Annual report on the health of the army in India
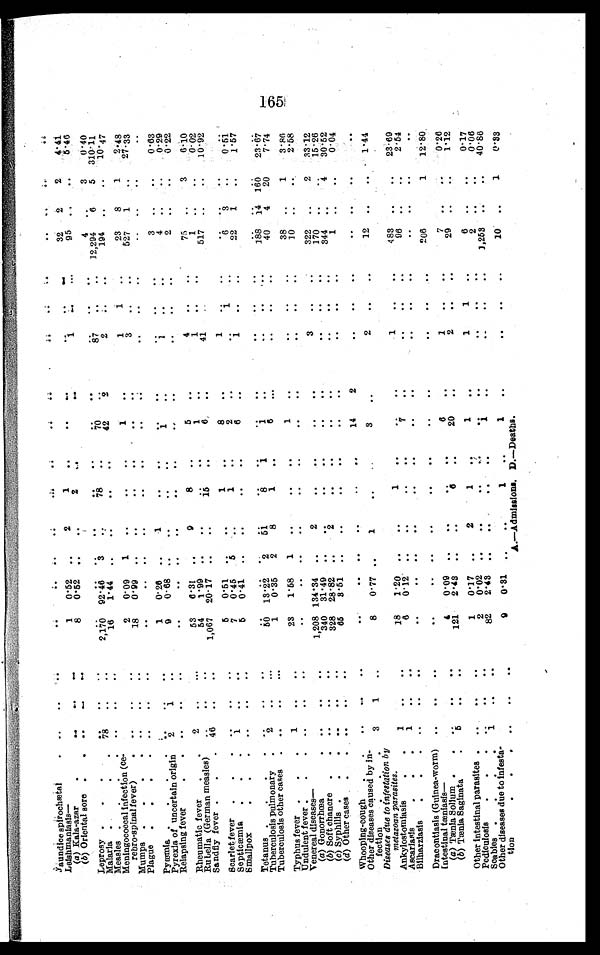
Jaundice spirochætal . . .
. . .
. . .
. . .
. . .
. . . .
. . .
. . .
. . .
. . .
. . .
. . .
. . .
. . .
. . .
. . .
. . .
. . .
. . .
. . .
32
2 .
2
4.41
. . .
Leishmaniasis—
. . .
2
1
. . .
. . .
. . .
. . .
1
0.52
(a) Kala-azar . . .
. . .
. . .
. . .
. . .
95
. . .
. . .
5.46
1
...
. . .
8
0 .52
2
(b) Oriental sore . . .
. . .
. . .
. . .
. . .
. . .
. . .
. . .
. . .
4
. . .
3
0.40
. . .
. . .
Leprosy . . .
. . .
. . .
. . .
. . .
. . .
. . .
. . .
. . .
. . . . . .
. . .
. . .
. . .
310.11
12,294
5
87
6
. . .
7 0
2,170
92.46
3
78
. . .
. . .
. . .
78
Malaria . . .
. . .
. . .
2
2
194
42
. . .
. . .
10.47
1. 44
. . .
. . .
16
Measles . . .
. . .
. . .
. . .
. . .
. . .
. . .
. . .
23
1
2.48
. . .
Meningococcal infection (ce -
rebro-spinal fever) . . .
. . .
. . .
2
0.09
1
. . .
. . .
. . .
1
. . .
1
. . .
8
1
527
1
. . .
27.33
3
. . .
. . .
. . .
. . .
. . .
. . .
. . .
. . .
0.99
18
Mumps . . .
. . .
. . .
. . .
. . .
. . .
. . .
. . .
. . .
. . .
. . .
. . .
. . .
. . .
. . .
. . .
. . .
. . .
. . .
Plague . . .
. . .
. . .
. . .
. . .
1
. . .
. . .
. . .
. . .
. . .
. . .
. . .
1
0.26
3
. . .
. . .
0.63
Pyæmia . . .
. . .
. . .
. . .
1
. . .
. . .
4
. . .
. . .
0.29
1
9
0.68
Pyrexia of uncertain origin
2
1
. . . . .
. . .
. . .
. . .
. . .
. . .
2
. . .
. . .
. . .
. . .
. . .
. . .
0.22
Relapsing fever . . .
. . .
. . .
. . .
. . .
. . .
. . .
. . .
. . .
. . .
. . .
Rheumatic fever . . .
2
. . .
. . .
53
6.31
. . .
9
8
. . .
5
. . .
4
. . .
. . .
75
. . .
3
6.10
1
1
0.02
1
54
1.99
. . .
. . .
. . .
. . .
Rubella (German measles)
. . .
. . .
. . .
. . .
. . .
. . .
. . .
. . .
517
1,067
20.17
6
41
10.92
1 5
. . .
. . .
Sandfly fever . . . 46
. . .
. . .
. . .
. . .
. . .
. . .
1
Scarlet fever . . .
. . .
. . .
. . .
5
0.51
. . .
. . .
1
. . .
8
. . .
. . .
. . .
. . .
. . .
. . .
. . .
1
3
2
6
. . .
0.51
7
0.45
5
1
. . .
. . .
1 . .
Septicæmia . . .
1
. . .
. . .
. . . .
. . .
22
6
1
1.57
5
0.41
. •
..
. . .
. . .
Smallpox . . .
. . .
. . .
. . .
. . .
. . .
. . .
. . .
. . .
. . .
. . .
. . .
. . .
. . .
. . .
. . .
. . .
. . .
. . .
. . .
. . .
Tetanus . . .
. . .
. . .
. . .
1 8 8
160
14
23.67
2
5 1
8
1
1
. . .
. . .
. . .
. . .
5 0
.1 3 . 2 2
2
Tuberculosis pulmonary . . .
. . .
. . .
2
1
40
4
20
7.74
8
..
6
1
0.35
Tuberculosis other cases . . .
. . .
. . .
. . .
. . .
. . .
. . .
. . .
3.85
38
. . .
1
Typhus fever . . .
1
. . .
. . .
23
1.58
1
. . .
. . .
. . .
1
. . .
. . .
. . .
. . .
10
. . .
. . .
2.58
Undulent fever . . .
. . .
. . .
. . .
. . .
. . .
. . .
. . .
. . .
. . .
. . .
. . .
. . .
. . .
. . .
Venereal diseases—
1,208 134.34
. . .
2
. . .
. . .
. . .
. . .
3
. . .
. . .
322
. . .
2
33.12
(a) Gonorrhœa . . .
. . .
. . .
. . .
170
15.26
340
31. 49
. . .
. . .
(b) Soft chancre . . .
. . .
. . .
. . .
. . .
. . .
. . .
. . .
. . .
. . .
. . .
. . .
. . .
344
30.52
4
328
28.82
2
(c) Syphilis . . .
. . .
. . .
. . .
. . .
. . .
. . .
. . .
. . .
. . .
. . .
. . .
. . .
1
. . .
. . .
0.04
65
3.51
(d) Other cases . . .
. . .
. . .
. . .
. . .
. . .
. . .
. . .
. . .
. . .
. . .
. . .
. . .
Whooping-cough . . .
. . .
. . .
. . .
. . .
. . .
. . .
. . .
. . .
. . .
14
2
. . .
. . .
. . .
. . .
. . .
. . .
. . .
Other diseases caused by i
n-
fection.
•
.
3
1
. . .
8
0.77
. . .
1
. . .
. . .
3
. . .
2
. . .
. . .
12
. . .
. . . 1.44
Diseases due to infestation by
metazoan parasites.
1
. . .
. . .
18
1.20
. . .
. . .
1
. . .
. . .
. . .
1
. . .
. . .
483
. . .
. . .
23.69
Ankylostomiasis . . .
2.54
6
0.12
7
9 6
Ascariasis
. . .
. . .
. . .
. . .
. . .
. . .
. . .
. . .
. . .
. . .
. . .
. . .
. . .
Bilharziasis . . .
. . .
. . .
. . .
. . .
. . .
. . .
. . .
. . .
. . .
. . .
. . .
. . .
. . .
. . .
. . .
. . .
. . .
. . .
Dracontiasis (Guinea-worm)
. . .
. . .
. . .
. . .
. . .
. . .
. . .
. . .
. . .
. . .
. . .
. . .
. . .
. . .
206
. . .
1
12.80
Intestinal tæniasis—
. . .
. . .
. . .
. . .
6
. . .
1
7
0.26
4
0..09
. . .
. . .
. . .
. . .
(a) Tænia Solium . . ..
. . .
. . .
. . .
29
1.12
2.43
6
20
2
121
(b) Tænia Saginata . . .
5
. . .
. . .
. . .
. . .
. . .
. . .
. . .
. . .
. . .
. . .
Other intestinal parasites . . .
. . .
. . .
. . .
1
0.17
. . .
2
1
. . .
1
. . .
1
1
. . .
6
. . .
. . .
0.17
0.06
2
0.02
2
Pediculosis . . .
. . .
. . .
. . .
. . .
. . .
. . .
. . .
. . .
. . .
. . .
. . .
. . .
. . .
. . .
40.88
1
1,253
82
2.43
Scabies . . .
1
. . .
. . .
. . .
. . .
. . .
. . .
. . .
. . . .
. . .
. . .
. . .
. . .
Other diseases due to infesta-tion . . .
. . .
. . .
. . .
9
0.31
. . .
. . .
1
. . .
1
. . .
. . .
. . .
. . .
10
. . .
1
0.33
A.-Admissions. D.-Deaths.